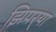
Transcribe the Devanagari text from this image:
झिपर्‍या